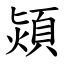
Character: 熲